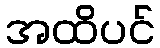
အထိပင်